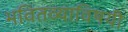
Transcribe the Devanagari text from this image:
भवितव्याविषयी